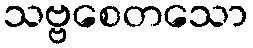
သဗ္ဗစေတသော